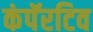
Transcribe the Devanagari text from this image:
कंपॅरटिव